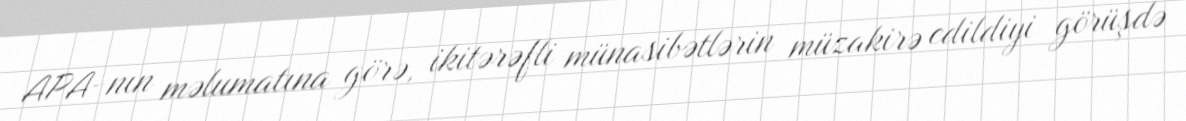
APA-nın məlumatına görə, ikitərəfli münasibətlərin müzakirə edildiyi görüşdə